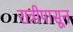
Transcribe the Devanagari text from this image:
रात्रीपासून